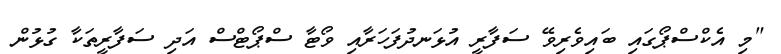
"މި އެކްސްޕޯގައި ބައިވެރިވޭ ސަފާރީ އުޅަނދުފަހަރާއި ވޯޓާ ސްޕޯޓްސް އަދި ސަފާރީތަކާ ގުޅުން